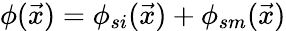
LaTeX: \phi(\vec{x})=\phi_{si}(\vec{x})+\phi_{sm}(\vec{x})